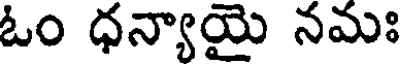
ఓం ధన్యాయై నమః